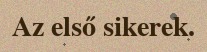
Az első sikerek.